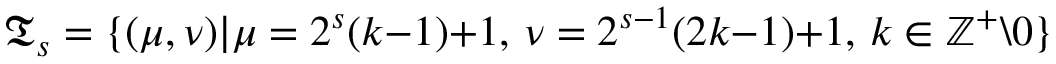
\mathfrak { T } _ { s } = \{ ( \mu , \nu ) | \mu = 2 ^ { s } ( k { - } 1 ) { + } 1 , \, \nu = 2 ^ { s { - } 1 } ( 2 k { - } 1 ) { + } 1 , \, k \in \mathbb { Z } ^ { + } \backslash 0 \}